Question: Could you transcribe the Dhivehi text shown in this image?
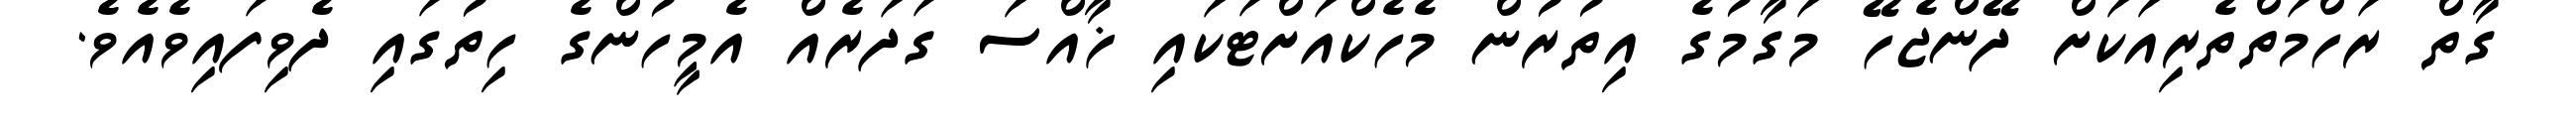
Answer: ގާތް ރަހްމަތްތެރިއަކަށް ދޭންޖެހޭ މަގާމުގެ އިތުރުން މެހެކްއަށްޓަކައި ޚާއްސަ ގަދަރެއް އެމީހުންގެ ހިތުގައި ދެވިފައިވެއެވެ.